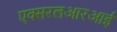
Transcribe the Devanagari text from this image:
एक्सरलआरआर्इ